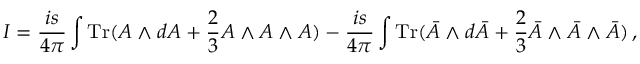
I = \frac { i s } { 4 \pi } \int { \mathrm { T r } } ( A \wedge d A + \frac 2 3 A \wedge A \wedge A ) - \frac { i s } { 4 \pi } \int { \mathrm { T r } } ( \bar { A } \wedge d \bar { A } + \frac 2 3 \bar { A } \wedge \bar { A } \wedge \bar { A } ) \, ,